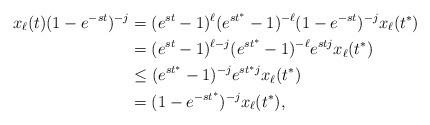
LaTeX: \begin{align*}x_{\ell}(t)(1 - e^{-st})^{-j} &= (e^{st} - 1)^{\ell} (e^{st^*} - 1)^{-\ell}(1 - e^{-st})^{-j} x_{\ell}(t^*) \\&= (e^{st} - 1)^{\ell-j}(e^{st^*} - 1)^{-\ell}e^{stj}x_{\ell}(t^*) \\&\leq (e^{st^*} - 1)^{-j} e^{st^*j} x_{\ell}(t^*) \\&= (1 - e^{-st^*})^{-j} x_{\ell}(t^*),\end{align*}